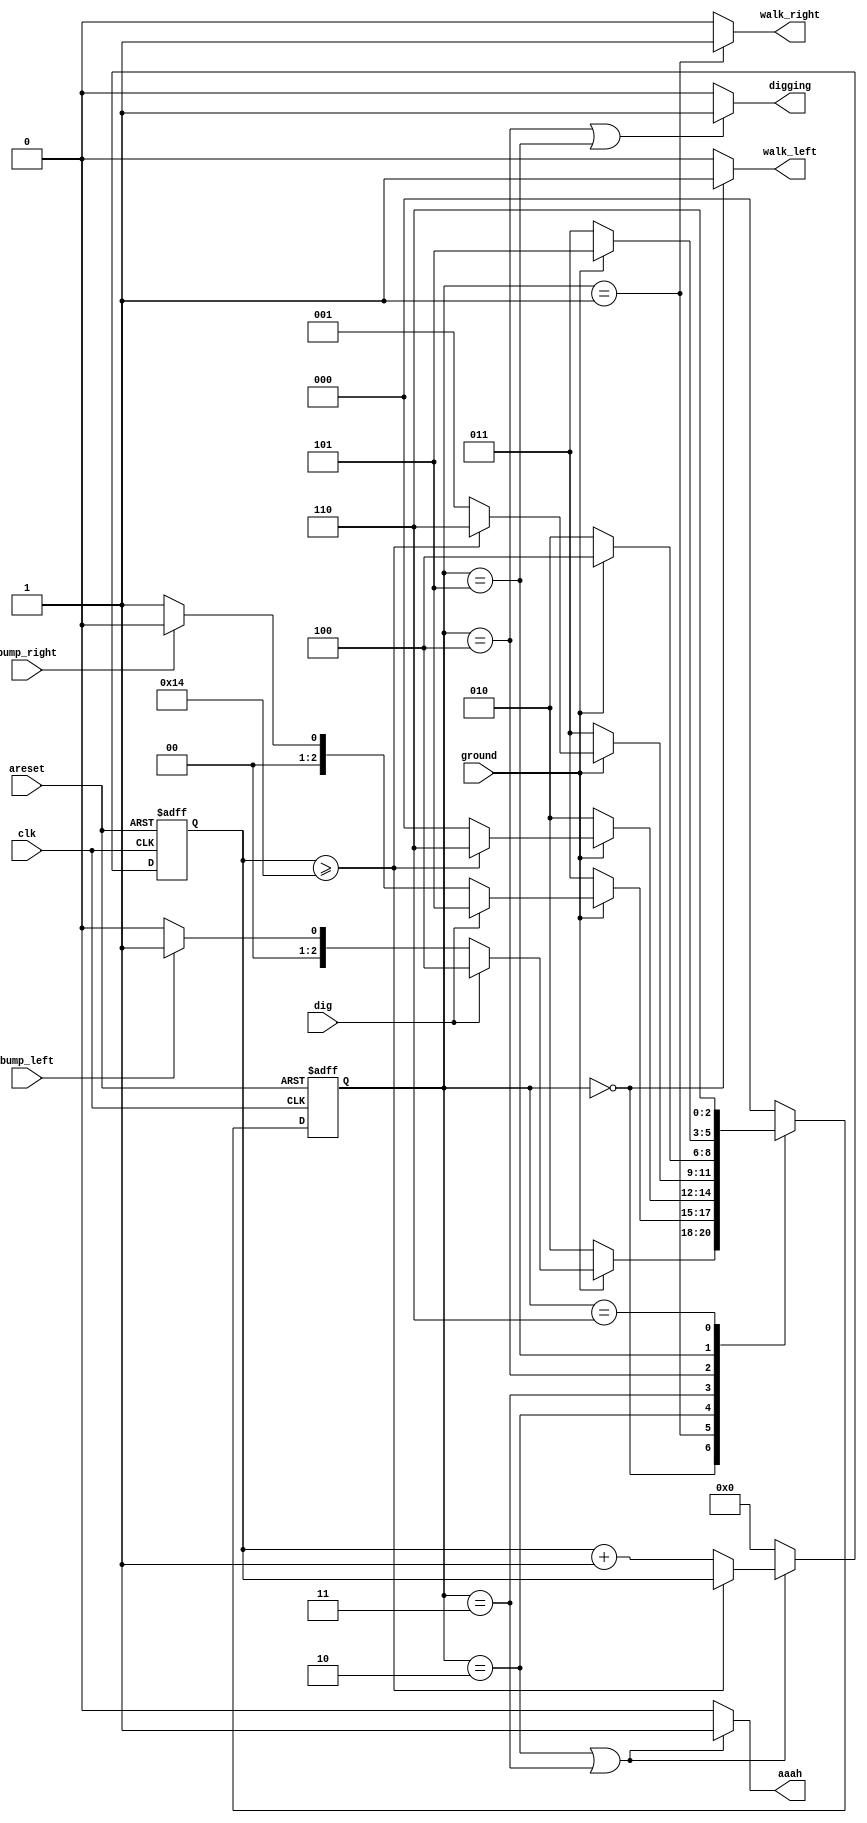
module top_module(
    input clk,
    input areset,    // Freshly brainwashed Lemmings walk left.
    input bump_left,
    input bump_right,
    input ground,
    input dig,
    output walk_left,
    output walk_right,
    output aaah,
    output digging
); 
    
    parameter LEFT = 3'b000, RIGHT = 3'b001, FALL_L = 3'b010, FALL_R = 3'b011, DIG_L = 3'b100, DIG_R = 3'b101, SPLAT = 3'b110;
    reg [2:0] state, next_state;
    reg [4:0] counter;
    
    always @(*) begin
        case (state)
            LEFT  : next_state = (ground == 1'b0 ? FALL_L : (dig == 1'b1 ? DIG_L : (bump_left == 1'b1 ? RIGHT : LEFT)));
            RIGHT : next_state = (ground == 1'b0 ? FALL_R : (dig == 1'b1 ? DIG_R : (bump_right == 1'b1 ? LEFT : RIGHT)));
            FALL_L: next_state = (ground == 1'b0 ? FALL_L : (counter >= 20 ? SPLAT : LEFT));
            FALL_R: next_state = (ground == 1'b0 ? FALL_R : (counter >= 20 ? SPLAT : RIGHT));
            DIG_L : next_state = (ground == 1'b0 ? FALL_L : DIG_L);
            DIG_R : next_state = (ground == 1'b0 ? FALL_R : DIG_R);
            SPLAT : next_state = SPLAT;
            default: next_state = LEFT;
        endcase
    end
    
    always @(posedge clk, posedge areset) begin
        if (areset == 1'b1) begin
            counter <= 5'b00000;
            state   <= LEFT;
        end
        else begin
            if (state == FALL_L || state == FALL_R) begin
                counter <= (counter >= 20 ? counter : counter + 5'b00001);
            end
            else begin
                counter <= 5'b00000;
            end
            state <= next_state;
        end
    end
    
    assign walk_left  = (state == LEFT ? 1'b1 : 1'b0);
    assign walk_right = (state == RIGHT ? 1'b1 : 1'b0);
    assign aaah       = (state == FALL_L || state == FALL_R ? 1'b1 : 1'b0);
    assign digging    = (state == DIG_L  || state == DIG_R ? 1'b1 : 1'b0);

endmodule